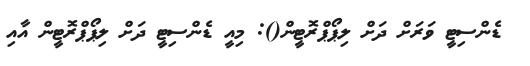
ޑެންސިޓީ ވަރަށް ދަށް ލިޕޯޕްރޮޓީން(): މިއީ ޑެންސިޓީ ދަށް ލިޕޯޕްރޮޓީން އާއި